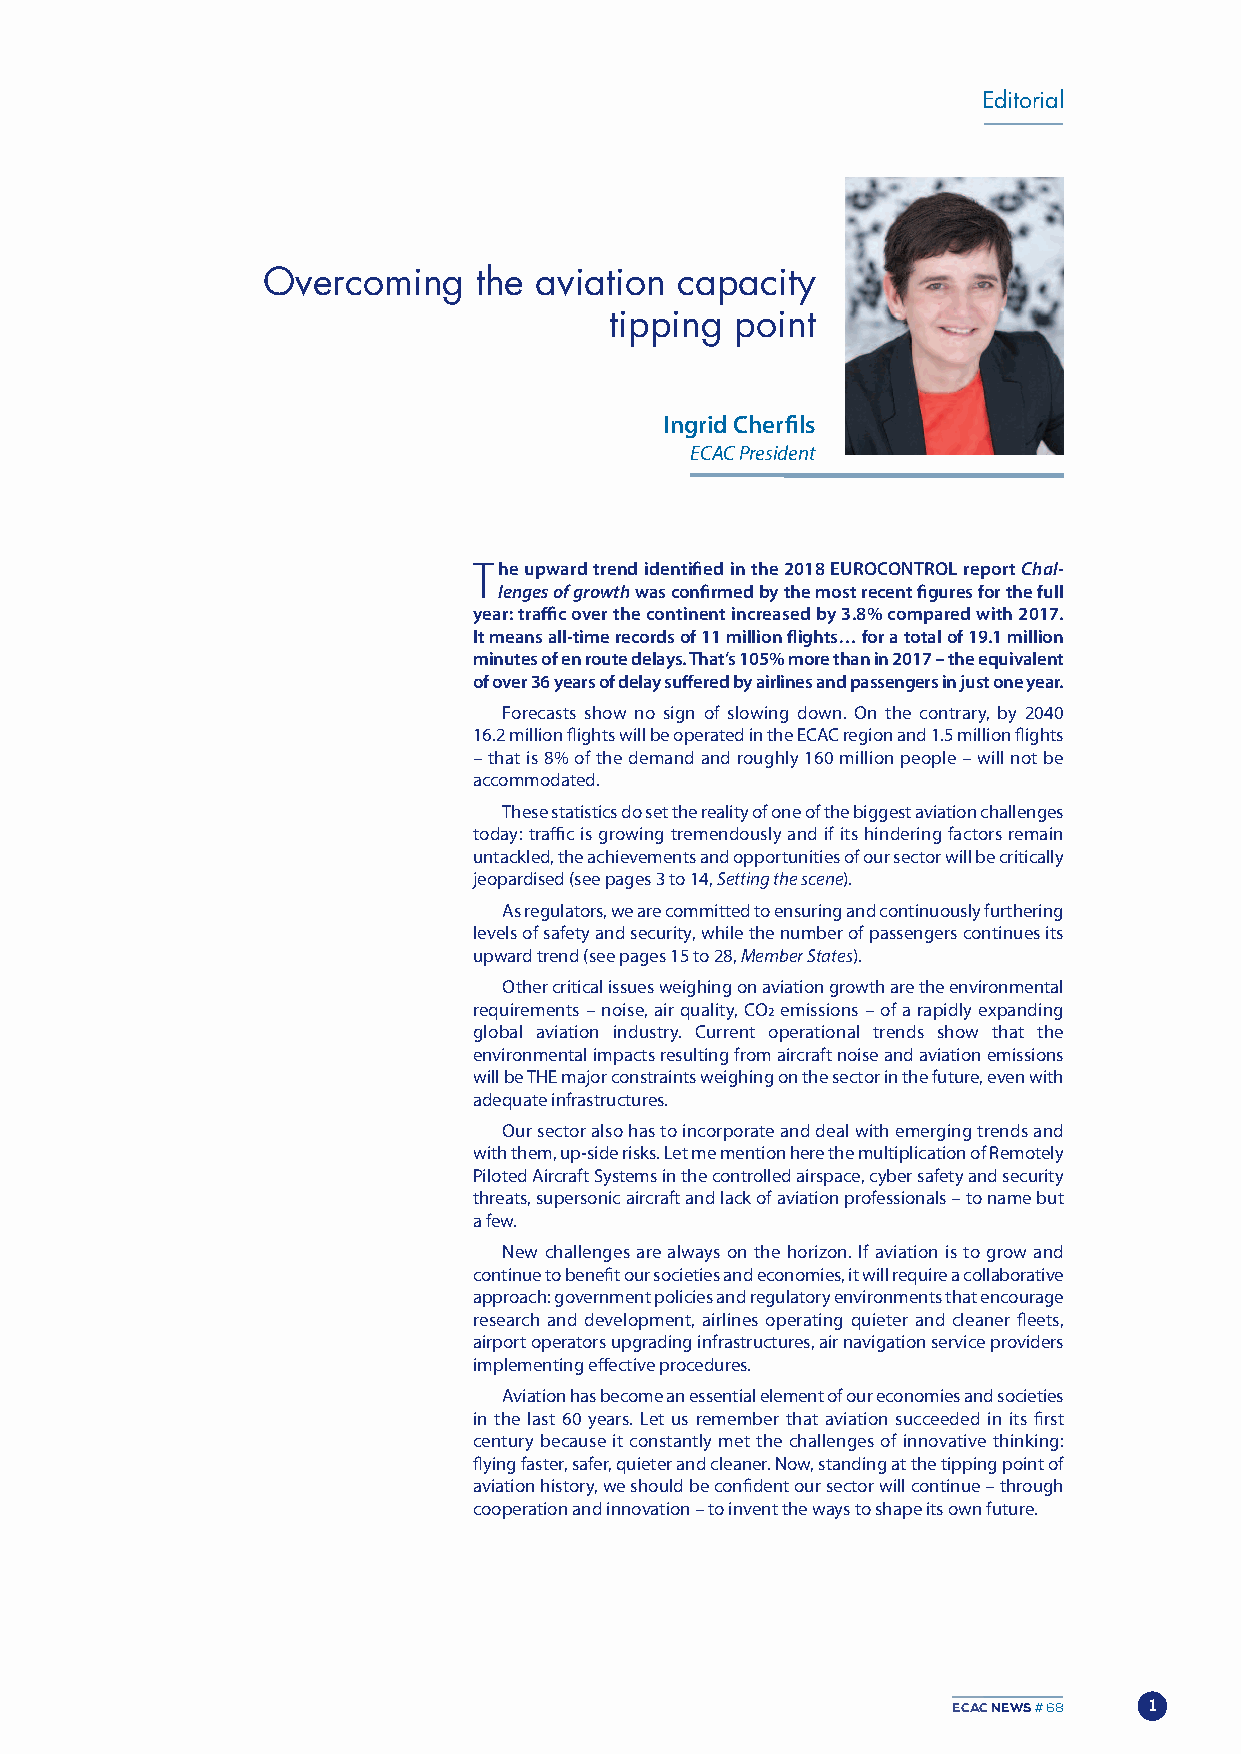
Editorial
 Overcoming    the aviation  capacity
 tipping  point
 Ingrid Cherfils
 ECAC President
 The upward trend identified in the 2018 EUROCONTROL report Chal-
 lenges of growthwas confirmed by the most recent figures for the full
 year: traffic over the continent increased by 3.8% compared with 2017.
 It means all-time records of 11 million flights… for a total of 19.1 million
 minutes of en route delays. That’s 105% more than in 2017 – the equivalent
 of over 36 years of delay suffered by airlines and passengers in just one year.
 forecasts show no sign of slowing down. on the contrary, by 2040
 16.2 million flights will be operated in the ECAC region and 1.5 million flights
 – that is 8% of the demand and roughly 160 million people – will not be
 accommodated.
 These statistics do set the reality of one of the biggest aviation challenges
 today: traffic is growing tremendously and if its hindering factors remain
 untackled, the achievements and opportunities of our sector will be critically
 jeopardised (see pages 3 to 14, Setting the scene).
 As regulators, we are committed to ensuring and continuously furthering
 levels of safety and security, while the number of passengers continues its
 upward trend (see pages 15 to 28, Member States).
 other critical issues weighing on aviation growth are the environmental
 requirements – noise, air quality, Co2emissions – of a rapidly expanding
 global aviation industry. Current operational trends show that the
 environmental impacts resulting from aircraft noise and aviation emissions
 will be THE major constraints weighing on the sector in the future, even with
 adequate infrastructures.
 our sector also has to incorporate and deal with emerging trends and
 with them, up-side risks. Let me mention here the multiplication of Remotely
 Piloted Aircraft Systems in the controlled airspace, cyber safety and security
 threats, supersonic aircraft and lack of aviation professionals – to name but
 a few.
 New challenges are always on the horizon. If aviation is to grow and
 continue to benefit our societies and economies, it will require a collaborative
 approach: government policies and regulatory environments that encourage
 research and development, airlines operating quieter and cleaner fleets,
 airport operators upgrading infrastructures, air navigation service providers
 implementing effective procedures.
 Aviation has become an essential element of our economies and societies
 in the last 60 years. Let us remember that aviation succeeded in its first
 century because it constantly met the challenges of innovative thinking:
 flying faster, safer, quieter and cleaner. Now, standing at the tipping point of
 aviation history, we should be confident our sector will continue – through
 cooperation and innovation – to invent the ways to shape its own future.
 ECAC NEWS# 68 1